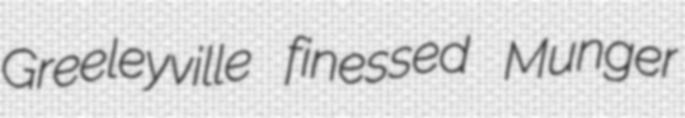
Greeleyville finessed Munger